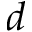
d